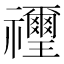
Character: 𥜬